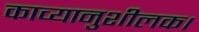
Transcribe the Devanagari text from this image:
काव्यानुशीलक।